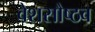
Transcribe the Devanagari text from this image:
वेशसौष्ठव